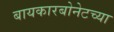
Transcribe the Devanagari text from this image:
बायकारबोनेटच्या